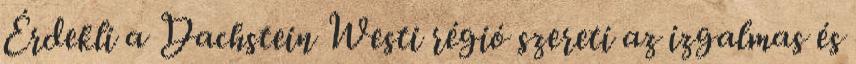
Érdekli a Dachstein Westi régió szereti az izgalmas és